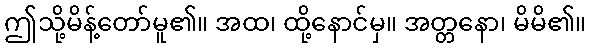
ဤသို့မိန့်တော်မူ၏။ အထ၊ ထို့နောင်မှ။ အတ္တနော၊ မိမိ၏။